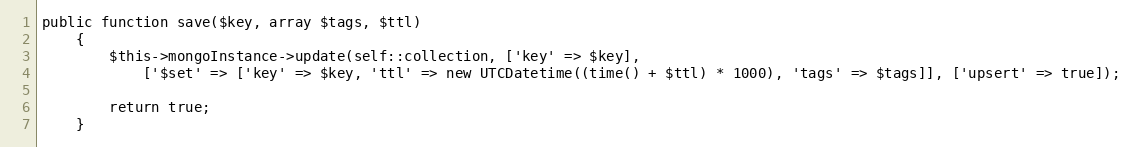
Language: PHP
public function save($key, array $tags, $ttl)
    {
        $this->mongoInstance->update(self::collection, ['key' => $key],
            ['$set' => ['key' => $key, 'ttl' => new UTCDatetime((time() + $ttl) * 1000), 'tags' => $tags]], ['upsert' => true]);

        return true;
    }